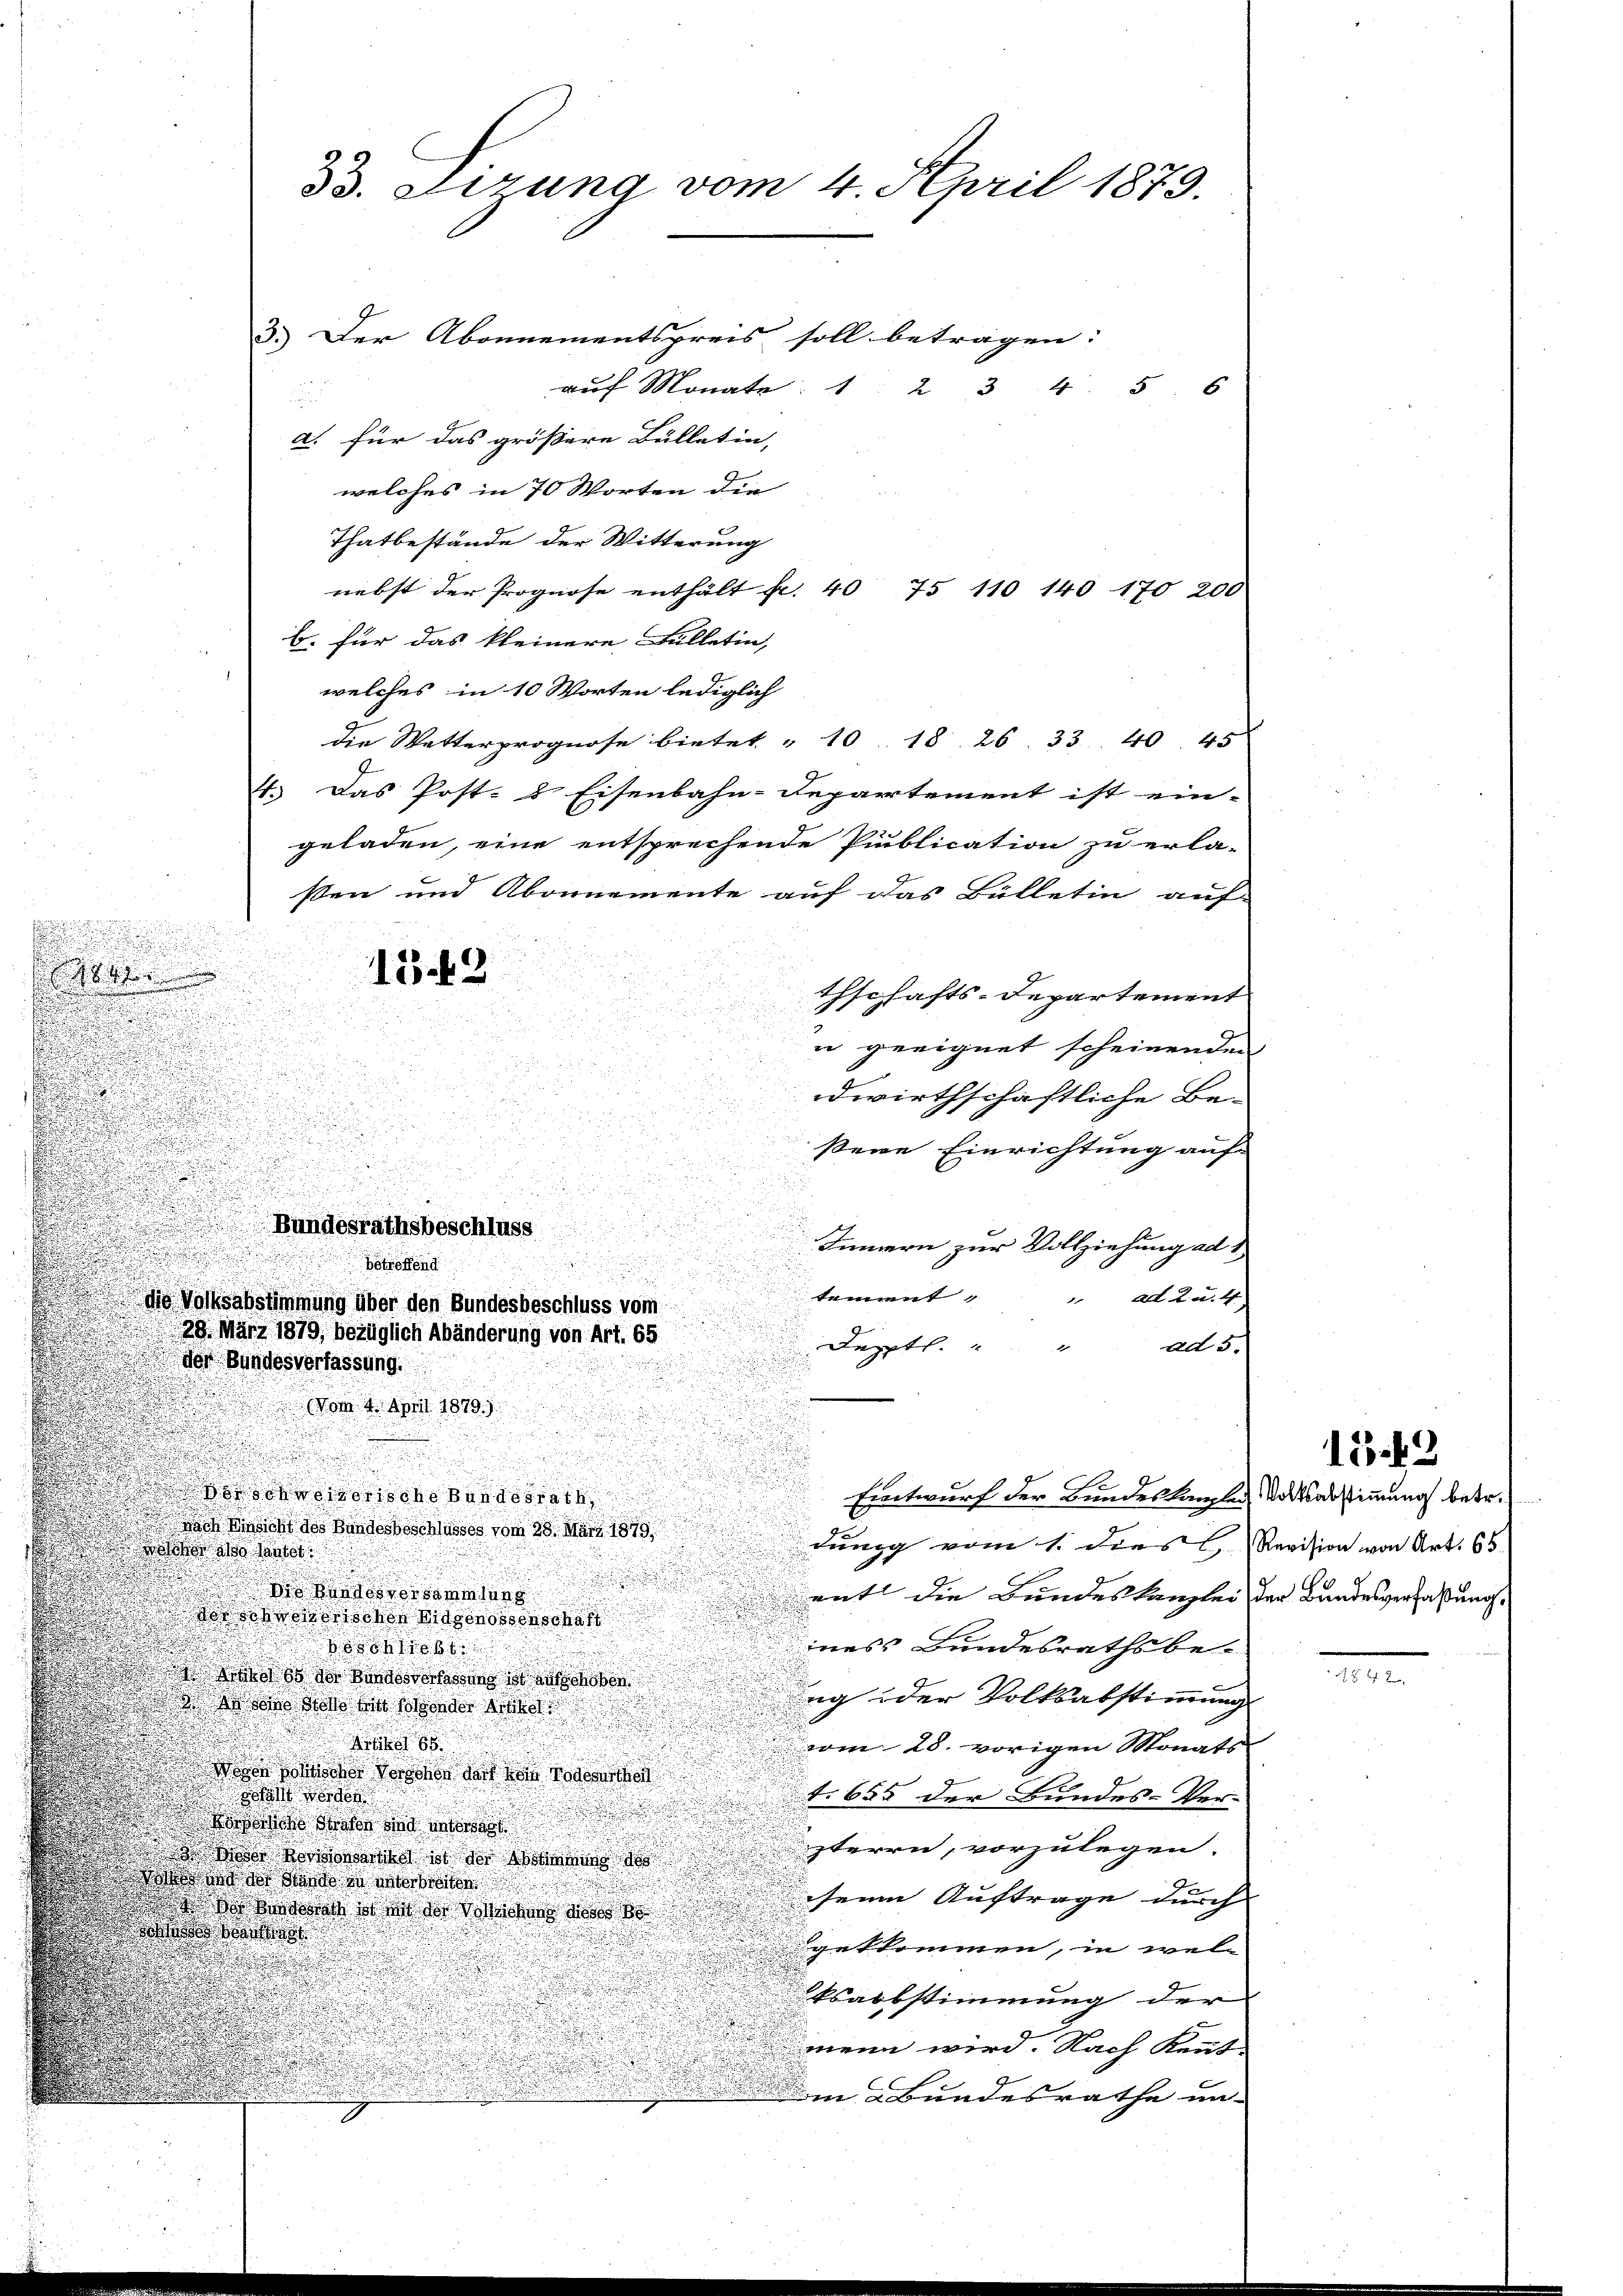
3.) Der Abonnementspreis soll betragen: |
auf Monat 1 234. 5. 6
a. für das größere Bülletin,
welches in 70 Worten die
Thatbestände der Witterung
nebst der Prognose enthält fr. 40 75 110 140 170 200
b. für das kleinere Fülletin,
welches in 10 Worten lediglich
die Wetterprognose bietet „10. 18. 26. 33. 40. 45
4. Das Post- & Eisenbahn-Repartement ist ein-
geladen, eine entsprechende Publication zu erla-
sten und Abonnemente auf das Bülletin auf
thschafts-Departement
i
n
u
u geeignet scheinenden
.
d
dwirthschaftliche Be-
s
u
sene Einrichtung auf
d

i

e

Bundesrathsbeschluss
Innara zur Vollziehung ad 1
E

Betreffend

tement
r
ad 2. u. 4.
die Volksabstimmung über den Bundesbeschluss vom
29. März 1879, bezüglich Abänderung von Art. 65
Deppt. " "
ad 5.
der Bundesverfassung.
Vom 4. April 1879.)
8 30 x 10 f 40 xxx
Entwurf der Bundeskanzler
 sich des Bandes Beschlusses vom 28. März 1879
dung vom 1. dies C. Revision von Art. 65
a Sautet
u

ent die Bundeskanzlei der Bundesverfaßung,
u
 honorischen Eidgenossenschaft
ines Bundesrathsbe-
85
obe der Bunde
ng oder Volksabstimmung
n Siehe der Besonder Gesel

vom 28. vorigen Monats
 che Personen darf kein Todesurtheil
1. 655 der Bundes-Ver-
 Fall werden
ade denen
zteren, vorzulegen.
 Moser Borowie ist der Asamung
Band der Stand in weite
seum Auftrage durch
adast mit der Vorsichen des
h
getkommen, in wel-
ksabstimmung der
menn wird. Nach Kennt-
Am Bundesrathe un-

.
e

.

33. Sizung vom 4. April 1879.

13.42

15.49

Volksabstimmung betr.